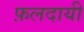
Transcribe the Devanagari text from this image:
फ़लदायी